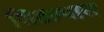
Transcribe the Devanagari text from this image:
शिवल्यास